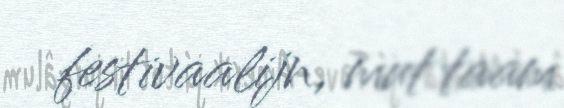
festivaalijn, mut taam